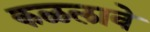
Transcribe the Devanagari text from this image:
कळलावे